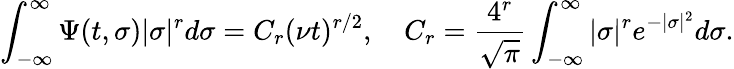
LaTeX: \int_{-\infty}^{\infty}\Psi(t,\sigma)|\sigma|^{r}d\sigma=C_{r}(\nu t)^{r/2},\quad C_{r}=\frac{4^{r}}{\sqrt{\pi}}\int_{-\infty}^{\infty}|\sigma|^{r}e^{-|\sigma|^{2}}d\sigma.